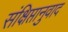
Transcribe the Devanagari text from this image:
संक्षिप्तानुवाद